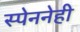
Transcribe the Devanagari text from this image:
स्पेननेही